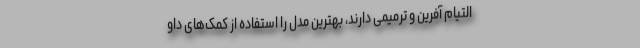
التیام آفرین و ترمیمی دارند، بهترین مدل را استفاده از کمک‌های داو